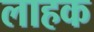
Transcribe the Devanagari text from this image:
लाहक